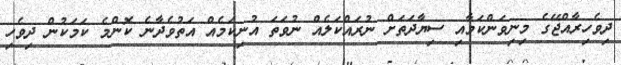
ދިވެހިރާއްޖޭގެ މިނިވަންކަމާއި ސިޔާދަތަށް ނުރައްކަލެއް ނުވަތަ އުނިކަމެއް އަތުވެދާނެ ކޮންމެ ކަމަކުން ދިވެހި